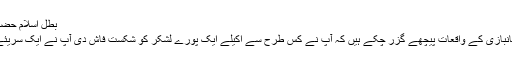
بطل اسلام حضرت سلمہ بن اکوع رضی اللہ عنہ​
آپ کی شجاعت اور دلیری اور جانبازی کے واقعات پیچھے گزر چکے ہیں کہ آپ نے کس طرح سے اکیلے ایک پورے لشکر کو شکست فاش دی آپ نے ایک سریئے میں سات مشرک قتل فرمائے ۔